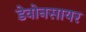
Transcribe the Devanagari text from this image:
डेवोनसायर